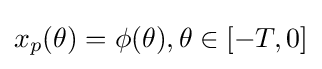
x_{p}(\theta )=\phi (\theta ),\theta \in [-T,0]